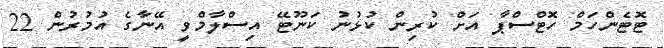
ޓޮޓެންހަމް ހޮޓްސްޕާ އަށް ކުރިން ކުޅުނު ކަނޫޓޭ އިސްލާމްވީ އޭނާގެ އުމުރުން 22